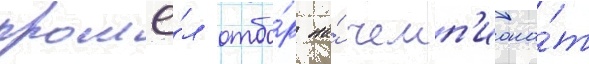
прошё́л отбо́р на́ чемп'иона́т